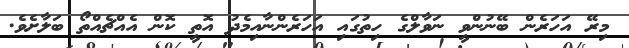
މިރޭ އަހަރެން ބޭނުންވީ ނަވާލްގެ ހިތުގައި އަހަރެންނާއިމެދު އޮތީ ކޮން އެއްޗެއްތޯ ބަލާށެވެ.